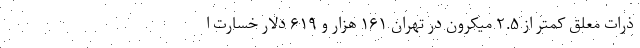
ذرات معلق کمتر از ۲.۵ میکرون در تهران ۱۶۱ هزار و ۶۱۹ دلار خسارت ا